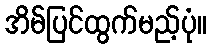
အိမ်ပြင်ထွက်မည့်ပုံ။